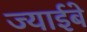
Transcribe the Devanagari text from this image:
ज्याईबे